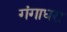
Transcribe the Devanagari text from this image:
गंगाधरा